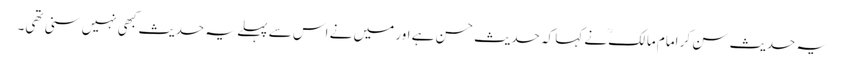
یہ حدیث سن کر امام مالکؒ نے کہا کہ حدیث حسن ہے اور میں نے اس سے پہلے یہ حدیث کبھی نہیں سنی تھی۔